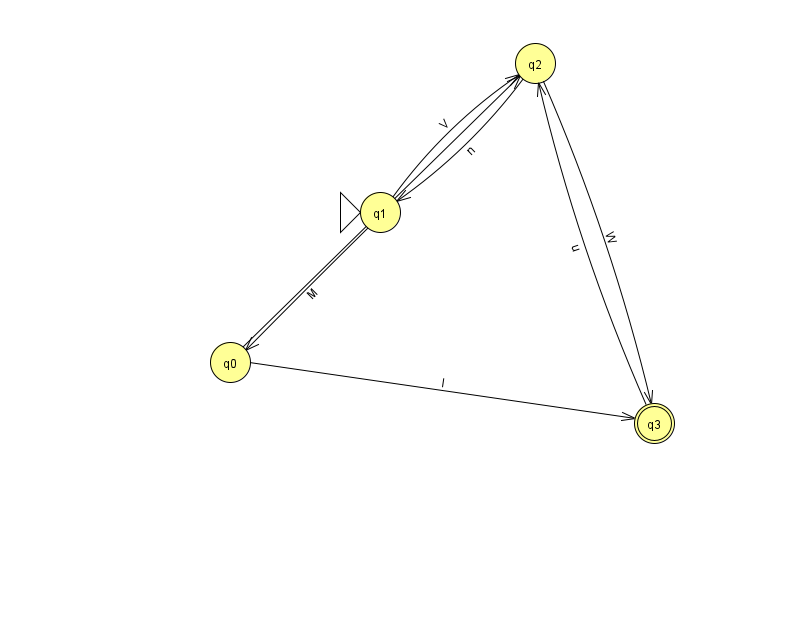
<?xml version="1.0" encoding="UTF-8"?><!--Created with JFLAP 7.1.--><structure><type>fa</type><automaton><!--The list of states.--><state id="0" name="q0"><x>230.0</x><y>349.0</y></state><state id="1" name="q1"><x>380.0</x><y>199.0</y><initial/></state><state id="2" name="q2"><x>535.0</x><y>50.0</y></state><state id="3" name="q3"><x>654.0</x><y>410.0</y><final/></state><!--The list of transitions.--><transition><from>2</from><to>1</to><read>n</read></transition><transition><from>0</from><to>2</to><read>H</read></transition><transition><from>1</from><to>2</to><read>V</read></transition><transition><from>3</from><to>2</to><read>u</read></transition><transition><from>2</from><to>3</to><read>W</read></transition><transition><from>0</from><to>3</to><read>l</read></transition><transition><from>1</from><to>0</to><read>M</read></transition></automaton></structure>